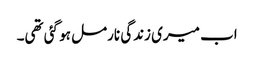
اب میری زندگی نارمل ہو گئی تھی۔